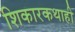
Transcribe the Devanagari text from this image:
शिकारकथाही